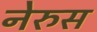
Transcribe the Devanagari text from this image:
नेरुस